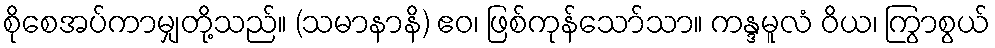
စိုစေအပ်ကာမျှတို့သည်။ (သမာနာနိ) ဧဝ၊ ဖြစ်ကုန်သော်သာ။ ကန္ဒမူလံ ဝိယ၊ ကြွာစွယ်